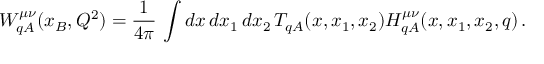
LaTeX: W _ { q A } ^ { \mu \nu } ( x _ { B } , Q ^ { 2 } ) = \frac { 1 } { 4 \pi } \, \int d x \, d x _ { 1 } \, d x _ { 2 } \, T _ { q A } ( x , x _ { 1 } , x _ { 2 } ) H _ { q A } ^ { \mu \nu } ( x , x _ { 1 } , x _ { 2 } , q ) \, .